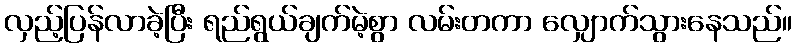
လှည့်ပြန်လာခဲ့ပြီး ရည်ရွယ်ချက်မဲ့စွာ လမ်းတကာ လျှောက်သွားနေသည်။